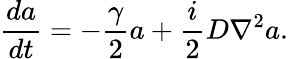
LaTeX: \frac{da}{dt}=-\frac{\gamma}{2}a+\frac{i}{2}D\nabla^{2}a.